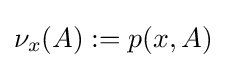
\nu _{x}(A):=p(x,A)